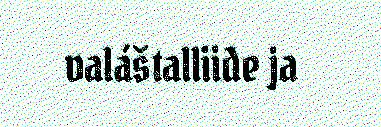
valáštalliide ja